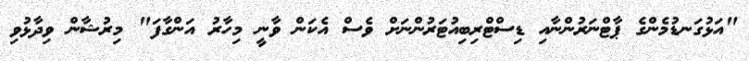
"އަޅުގަނޑުމެންގެ ޕާޓްނަރުންނާއި ޑިސްޓްރިބިއުޓަރުންނަށް ވެސް އެކަން ވާނީ މިހާރު އަންގާފަ" މިރުޝާން ވިދާޅުވި